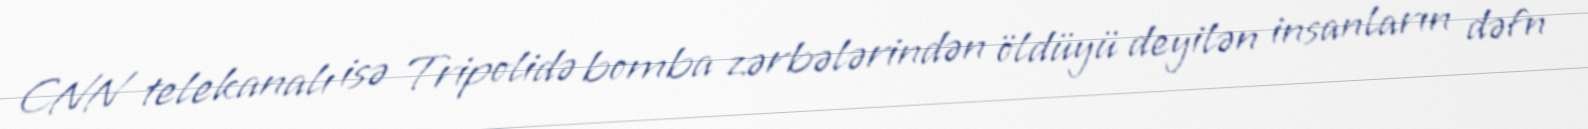
CNN telekanalı isə Tripolidə bomba zərbələrindən öldüyü deyilən insanların dəfn